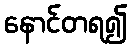
နောင်တရ၍